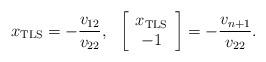
LaTeX: \begin{align*} x_{\rm TLS} = - \frac{v_{12}}{v_{22}}, \ \ \left[ \begin{array}{c} x_{\rm TLS} \\ -1 \\ \end{array} \right] = - \frac{v_{n+1}}{v_{22}}.\end{align*}